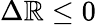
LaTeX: \Delta\mathbb{R}\leq0